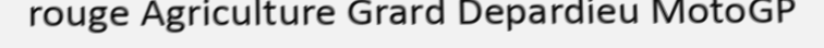
rouge Agriculture Grard Depardieu MotoGP